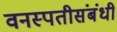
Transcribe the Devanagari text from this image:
वनस्पतीसंबंधी